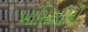
ખાસિયતોની